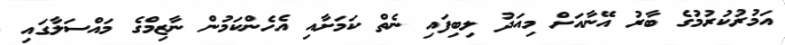
އަމުރުކުރުމުގެ ބާރު އޭނާއަށް މިއަދު ލިބިފައި ނެތް ކަމަށާއި އެހެންކަމުން ނާޒިމްގެ މައްސަަލާގައި